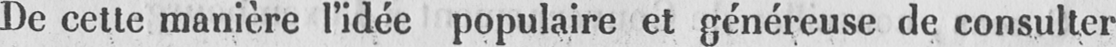
De cette manière l’idée populaire et généreuse de consulter